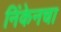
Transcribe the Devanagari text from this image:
निंकेनचा